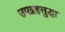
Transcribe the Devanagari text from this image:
उपग्रहसुद्धा